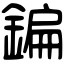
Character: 鍽